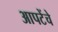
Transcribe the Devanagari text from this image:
आपटेंचे